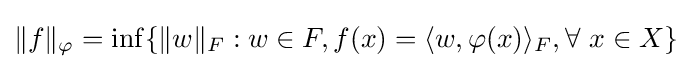
\|f\|_{\varphi }=\inf\{\|w\|_{F}:w\in F,f(x)=\langle w,\varphi (x)\rangle _{F},\forall {\text{  }}x\in X\}